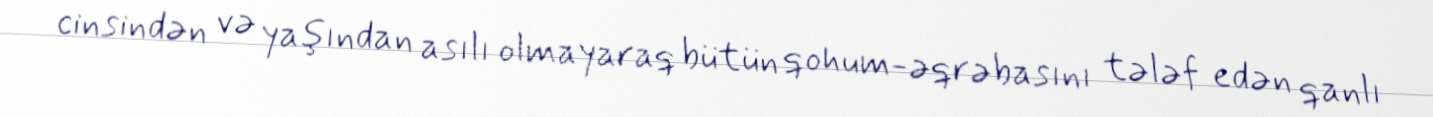
cinsindən və yaşından asılı olmayaraq bütün qohum-əqrəbasını tələf edən qanlı